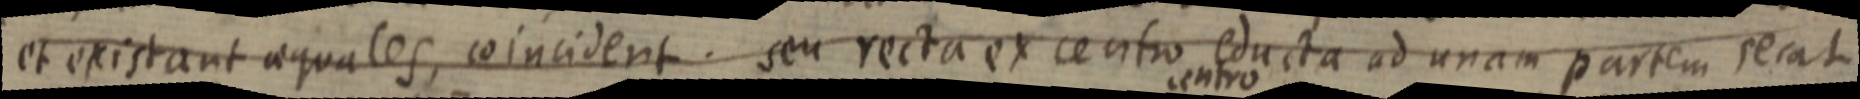
et existant aequales, coincident. seu recta ex centro educta ad unam partem secat